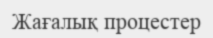
Жағалық процестер